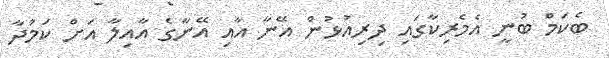
ބެކަމް ބުނީ އެމެރިކާގައި ދިރިއުޅުން އޭނާ އާއި އޭނާގެ އާއިލާ އަށް ކަމުދާ